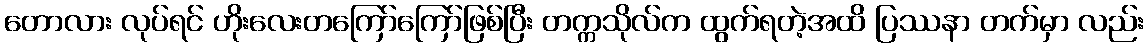
တောလား လုပ်ရင် ဟိုးလေးတကြော်ကြော်ဖြစ်ပြီး တက္ကသိုလ်က ထွက်ရတဲ့အထိ ပြဿနာ တက်မှာ လည်း